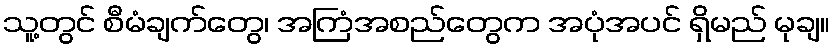
သူ့တွင် စီမံချက်တွေ၊ အကြံအစည်တွေက အပုံအပင် ရှိမည် မုချ။